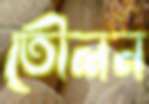
তৌলন